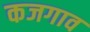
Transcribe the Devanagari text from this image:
कजगाव